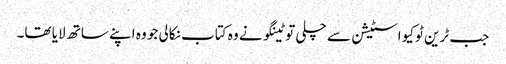
جب ٹرین ٹوکیو اسٹیشن سے چلی تو ٹینگو نے وہ کتاب نکالی جو وہ اپنے ساتھ لایا تھا۔